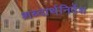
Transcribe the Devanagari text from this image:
शब्दार्थनिर्देश